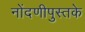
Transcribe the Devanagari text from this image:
नोंदणीपुस्तके